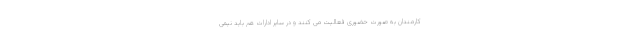
کارمندان به صورت حضوری فعالیت می کنند و در سایر ادارات هم باید نیمی